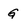
Character: G